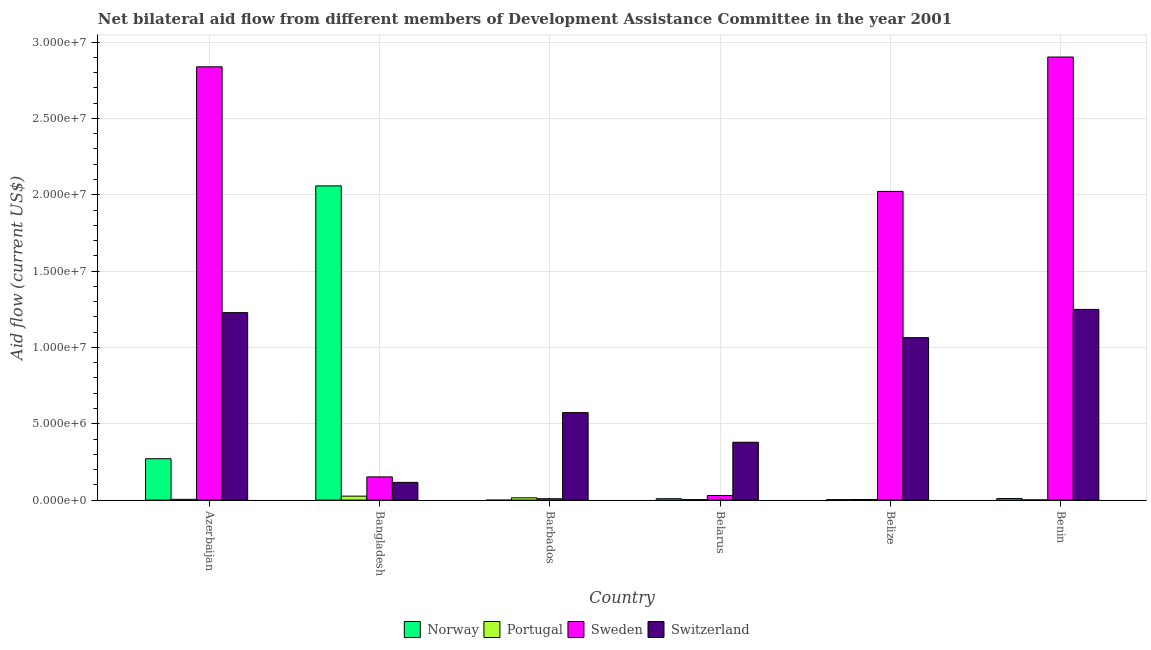
| Country | Norway | Portugal | Sweden | Switzerland |
 | --- | --- | --- | --- | --- |
 | Azerbaijan | 2.71e+06 | 5e+04 | 2.84e+07 | 1.23e+07 |
 | Bangladesh | 2.06e+07 | 2.6e+05 | 1.52e+06 | 1.16e+06 |
 | Barbados | -1e+04 | 1.5e+05 | 9e+04 | 5.73e+06 |
 | Belarus | 9e+04 | 3e+04 | 3e+05 | 3.79e+06 |
 | Belize | 3e+04 | 4e+04 | 2.02e+07 | 1.06e+07 |
 | Benin | 1e+05 | 1e+04 | 2.9e+07 | 1.25e+07 |